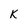
Character: k